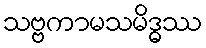
သဗ္ဗကာမသမိဒ္ဓဿ